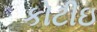
કોટીઇ